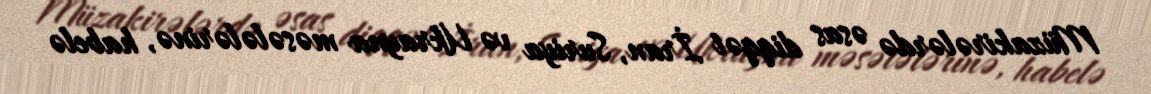
Müzakirələrdə əsas diqqət İran, Suriya və Ukrayna məsələlərinə, habelə